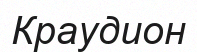
Краудион